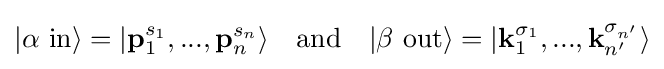
|\alpha \ \mathrm {in} \rangle =|{\textbf {p}}_{1}^{s_{1}},...,{\textbf {p}}_{n}^{s_{n}}\rangle \quad {\text{and}}\quad |\beta \ \mathrm {out} \rangle =|{\textbf {k}}_{1}^{\sigma _{1}},...,{\textbf {k}}_{n'}^{\sigma _{n'}}\rangle